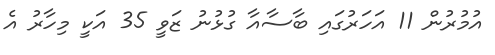
އުމުރުން 11 އަހަރުގައި ބާސާއާ ގުޅުނު ޒަވީ 35 އަކީ މިހާރު އެ